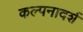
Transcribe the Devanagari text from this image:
कल्पनादर्श